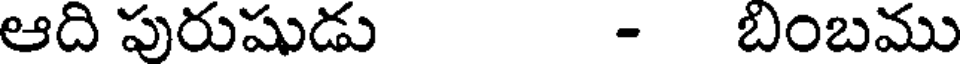
ఆది పురుషుడు - బింబము